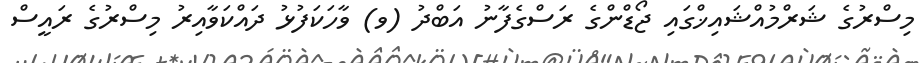
މިސްރުގެ ޝަރްމުއްޝައިޚްގައި ޖޯޑްންގެ ރަސްގެފާނު އަބްދު (ވ) ވާހަކަފުޅު ދައްކަވާއިރު މިސްރުގެ ރައީސް